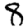
Digit: 8